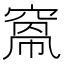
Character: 𥦻